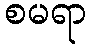
စမရာ